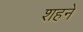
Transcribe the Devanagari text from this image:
शहने